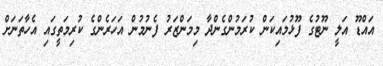
އައްޑޫ އަލީ ނޫޓުގެ ފޫޅުމައިކަން ކުރަމުންގެންދާ މިމަންޒަރު ފެނުމުން އަހަރެންގެ ކުރިމަތީގައި އެހާތަނަށް